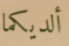
ألديكما